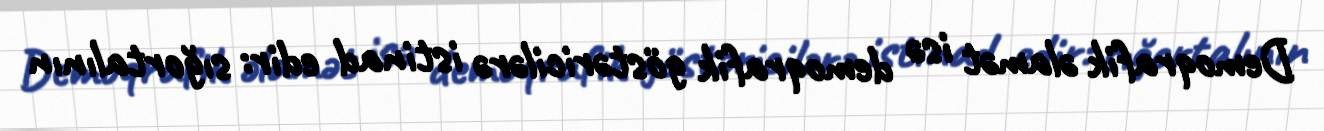
Demoqrafik əlamət isə demoqrafik göstəricilərə istinad edir: sığortalının